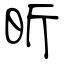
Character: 昕